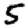
Digit: 5